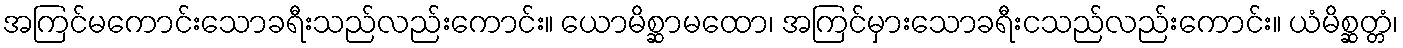
အကြင်မကောင်းသောခရီးသည်လည်းကောင်း။ ယောမိစ္ဆာမထော၊ အကြင်မှားသောခရီးငသည်လည်းကောင်း။ ယံမိစ္ဆတ္တံ၊